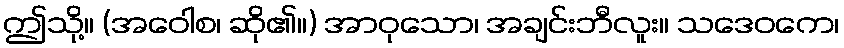
ဤသို့။ (အဝေါစ၊ ဆို၏။) အာဝုသော၊ အချင်းဘီလူး။ သဒေဝကေ၊